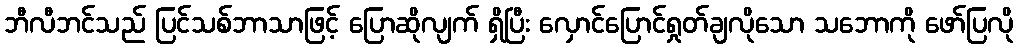
ဘီလီဘင်သည် ပြင်သစ်ဘာသာဖြင့် ပြောဆိုလျက် ရှိပြီး လှောင်ပြောင်ရှုတ်ချလိုသော သဘောကို ဖော်ပြလို